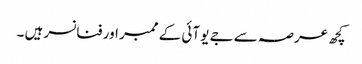
کچھ عرصہ سے جے یو آئی کے ممبر اور فنانسر ہیں ۔